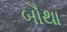
બૌથા